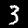
Digit: 3